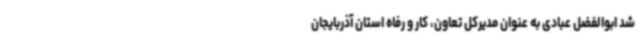
شد ابوالفضل عبادی به عنوان مدیرکل تعاون، کار و رفاه استان آذربایجان